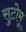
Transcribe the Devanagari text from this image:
सुटोमू